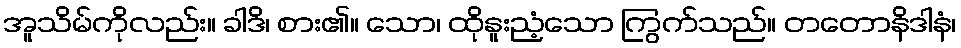
အူသိမ်ကိုလည်း။ ခါဒိ၊ စား၏။ သော၊ ထိုနူးညံ့သော ကြွက်သည်။ တတောနိဒါနံ၊